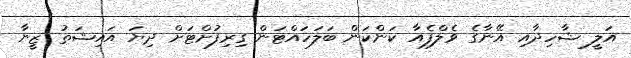
އަލީ ޝާހިދާއި އޭނާގެ ވެލްފެއާ ކަންކަން ބަލަހައްޓަން ގިރިފުށްޓަށް ދިޔަ އައިޝަތު ޒީނާ